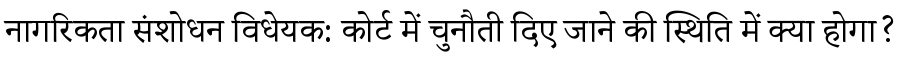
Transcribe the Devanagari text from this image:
नागरिकता संशोधन विधेयक: कोर्ट में चुनौती दिए जाने की स्थिति में क्या होगा?